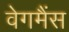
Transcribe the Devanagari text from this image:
वेगमैंस